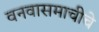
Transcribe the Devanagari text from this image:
वनवासमाचीचे